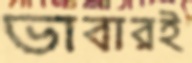
ভাবারই